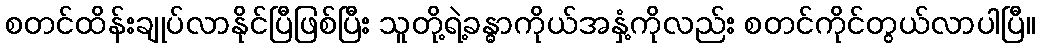
စတင်ထိန်းချုပ်လာနိုင်ပြီဖြစ်ပြီး သူတို့ရဲ့ခန္ဓာကိုယ်အနှံ့ကိုလည်း စတင်ကိုင်တွယ်လာပါပြီ။